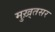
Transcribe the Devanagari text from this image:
मुख़्तसर